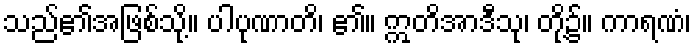
သည်၏အဖြစ်သို့။ ပါပုဏာတိ၊ ၏။ ဣတိအာဒီသု၊ တို့၌။ ကာရဏံ၊